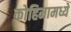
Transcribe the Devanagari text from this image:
कोहिमामध्ये